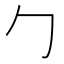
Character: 勹